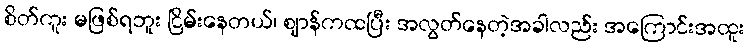
စိတ်ကူး မဖြစ်ရဘူး ငြိမ်းနေတယ်၊ ဈာန်ကထပြီး အလွတ်နေတဲ့အခါလည်း အကြောင်းအထူး